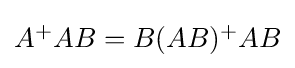
{\textstyle A^{+}AB=B(AB)^{+}AB}